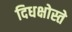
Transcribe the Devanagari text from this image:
दिधक्षोस्ते